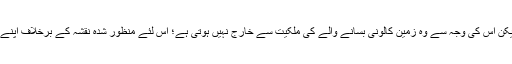
۵- الف: کالونی بسانے کی خاطر جو لے آوٹ منظور کرایا جاتا ہے، اس کی خلاف ورزی درست نہیں ہے، لیکن اس کی وجہ سے وہ زمین کالونی بسانے والے کی ملکیت سے خارج نہیں ہوتی ہے؛ اس لئے منظور شدہ نقشہ کے برخلاف اپنے نقشہ کے مطابق بھی بیچنے کی گنجائش ہے بشرطیکہ اس میں ضروری عوامی مفادات متاثر نہ ہوتے ہوں۔